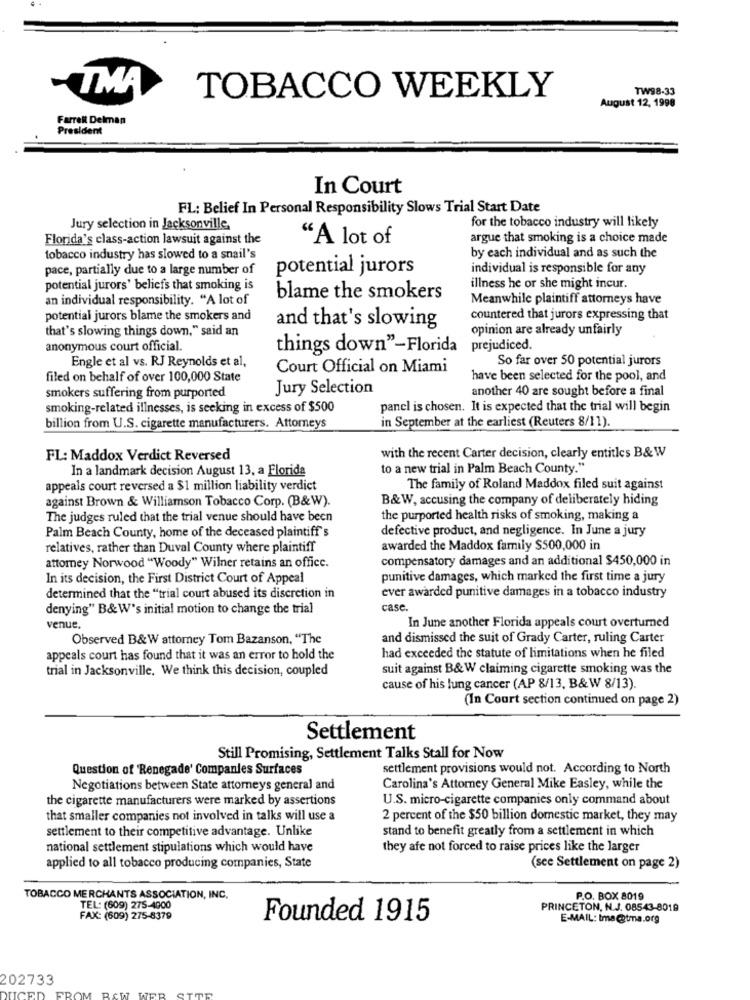
-TMA
TW98-33
TOBACCO WEEKLY
August 12, 1998
Farrel Delman
President
In Court
FL: Belief In Personal Responsibility Slows Trial Start Date
Jury selection in Jacksonville.
for the tobacco industry will likely
Florida's class-action lawsuit against the
"A lot of
argue that smoking is a choice made
tobacco industry has slowed to a snail's
by each individual and as such the
pace, partially due to a large number of
potential jurors
individual is responsible for any
potential jurors' beliefs that smoking is
illness he or she might incur.
an individual responsibility. "A lot of
blame the smokers
Meanwhile plaintiff attorneys have
potential jurors blame the smokers and
countered that jurors expressing that
that's slowing things down," said an
and that's slowing
opinion are already unfairly
anonymous court official.
things down"-Florida
prejudiced.
Engle et al vs. RJ Reynolds et al,
So far over 50 potential jurors
Court Official on Miami
filed on behalf of over 100,000 State
have been selected for the pool, and
Jury Selection
another 40 are sought before a final
smokers suffering from purported
smoking-related illnesses, is seeking in excess of $500
panel is chosen. It is expected that the trial will begin
billion from U.S. cigarette manufacturers. Attorneys
in September at the earliest (Reuters 8/11).
FL: Maddox Verdict Reversed
with the recent Carter decision, clearly entitles B& W
In a landmark decision August 13, a Florida
to a new trial in Palm Beach County."
appeals court reversed a $1 million liability verdict
The family of Roland Maddox filed suit against
against Brown & Williamson Tobacco Corp. (B&W).
B&W, accusing the company of deliberately hiding
The judges ruled that the trial venue should have been
the purported health risks of smoking, making a
Palm Beach County, home of the deceased plaintiff's
defective product, and negligence. In June a jury
relatives, rather than Duval County where plaintiff
awarded the Maddox family $500,000 in
attorney Norwood "Woody" Wilner retains an office.
compensatory damages and an additional $450,000 in
In its decision, the First District Court of Appeal
punitive damages, which marked the first time a jury
ever awarded punitive damages in a tobacco industry
determined that the "trial court abused its discretion in
denying" B&W's initial motion to change the trial
case.
In June another Florida appeals court overturned
venue.
Observed B&W attorney Tom Bazanson, "The
and dismissed the suit of Grady Carter, ruling Carter
appeals court has found that it was an error to hold the
had exceeded the statute of limitations when he filed
trial in Jacksonville, We think this decision, coupled
suit against B&W claiming cigarette smoking was the
cause of his lung cancer (AP 8/13, B& W 8/13).
(In Court section continued on page 2)
Settlement
Still Promising, Settlement Talks Stall for Now
Question of 'Renegade' Companies Surfaces
settlement provisions would not. According to North
Negotiations between State attorneys general and
Carolina's Attorney General Mike Easley, while the
the cigarette manufacturers were marked by assertions
U.S. micro-cigarette companies only command about
that smaller companies not involved in talks will use a
2 percent of the $50 billion domestic market, they may
settlement to their competitive advantage. Unlike
stand to benefit greatly from a settlement in which
national settlement stipulations which would have
they afe not forced to raise prices like the larger
applied to all tobacco producing companies, State
(see Settlement on page 2)
TOBACCO MERCHANTS ASSOCIATION, INC.
P.O. BOX 8019
TEL: (609) 275-4000
PRINCETON, N.J. 08543-8019
FAX: (609) 275-8379
Founded 1915
E-MAIL: Ima@tma.org
202733